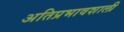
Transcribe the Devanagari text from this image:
अतिप्रभावशाली